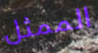
الممثل